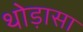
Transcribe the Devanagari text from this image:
थोड़ासा